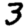
Digit: 3